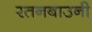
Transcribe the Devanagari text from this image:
रतनबाउनी